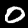
Label: 0